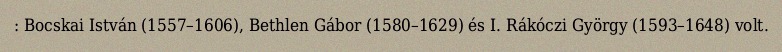
: Bocskai István (1557–1606), Bethlen Gábor (1580–1629) és I. Rákóczi György (1593–1648) volt.